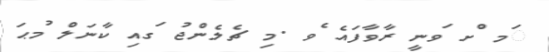
ަމ ްށ ަވނީ ރާވާފައެ ެވ .މި ޗެލެންޖު ަގއި ކާނަލް ުމޙަ